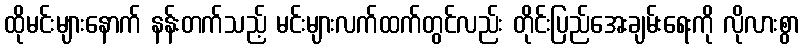
ထိုမင်းများနောက် နန်းတက်သည့် မင်းများလက်ထက်တွင်လည်း တိုင်းပြည်အေးချမ်းရေးကို လိုလားစွာ